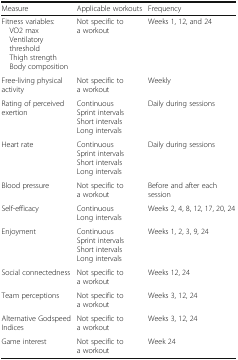
| Measure | Applicable workouts | Frequency |
 | --- | --- | --- |
 | Fitness variables: VO2 max Ventilatory threshold Thigh strength Body composition | Not specific to a workout | Weeks 1, 12, and 24 |
 | Free-living physical activity | Not specific to a workout | Weekly |
 | Rating of perceived exertion | ContinuousSprint intervalsShort intervalsLong intervals | Daily during sessions |
 | Heart rate | ContinuousSprint intervalsShort intervalsLong intervals | Daily during sessions |
 | Blood pressure | Not specific to a workout | Before and after each session |
 | Self-efficacy | ContinuousLong intervals | Weeks 2, 4, 8, 12, 17, 20, 24 |
 | Enjoyment | ContinuousSprint intervalsShort intervalsLong intervals | Weeks 1, 2, 3, 9, 24 |
 | Social connectedness | Not specific to a workout | Weeks 12, 24 |
 | Team perceptions | Not specific to a workout | Weeks 3, 12, 24 |
 | Alternative Godspeed Indices | Not specific to a workout | Weeks 3, 12, 24 |
 | Game interest | Not specific to a workout | Week 24 |